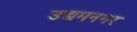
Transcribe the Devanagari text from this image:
उद्यमनगर